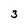
Character: 3